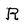
Character: R